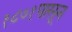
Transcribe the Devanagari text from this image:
१८७१पासून